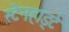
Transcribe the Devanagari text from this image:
स्टेनहार्ड्ट